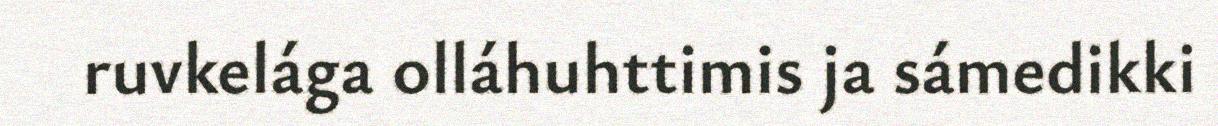
ruvkelága olláhuhttimis ja sámedikki